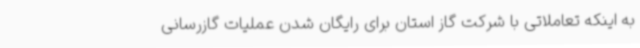
به اینکه تعاملاتی با شرکت گاز استان برای رایگان شدن عملیات گازرسانی